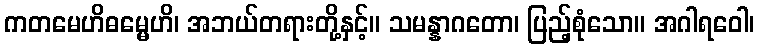
ကတမေဟိဓမ္မေဟိ၊ အဘယ်တရားတို့နှင့်။ သမန္နာဂတော၊ ပြည့်စုံသော။ အဂါရဝေါ၊